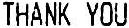
THANK YOU